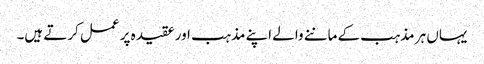
یہاں ہر مذہب کے ماننے والے اپنے مذہب اور عقیدہ پر عمل کرتے ہیں۔